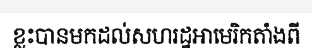
ខ្លះបានមកដល់សហរដ្ឋអាមេរិកតាំងពី